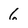
Character: 6